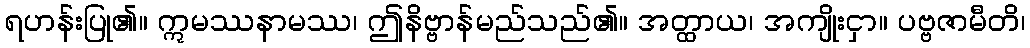
ရဟန်းပြု၏။ ဣမဿနာမဿ၊ ဤနိဗ္ဗာန်မည်သည်၏။ အတ္ထာယ၊ အကျိုးငှာ။ ပဗ္ဗဇာမီတိ၊